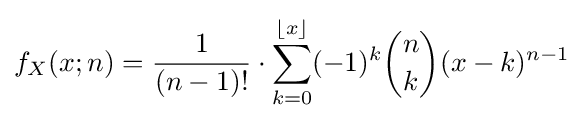
f_{X}(x;n)={\frac {1}{(n-1)!}}\cdot \sum _{k=0}^{\lfloor x\rfloor }(-1)^{k}{\binom {n}{k}}(x-k)^{n-1}